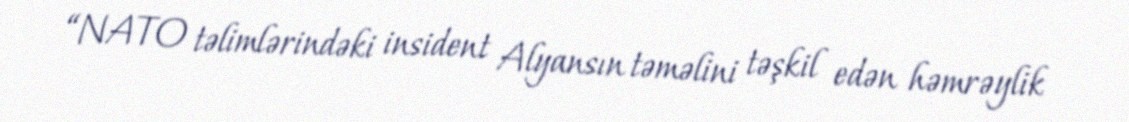
“NATO təlimlərindəki insident Alyansın təməlini təşkil edən həmrəylik